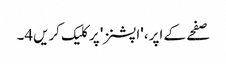
صفحے کے اپر، 'اپشنز' پر کلیک کریں4۔